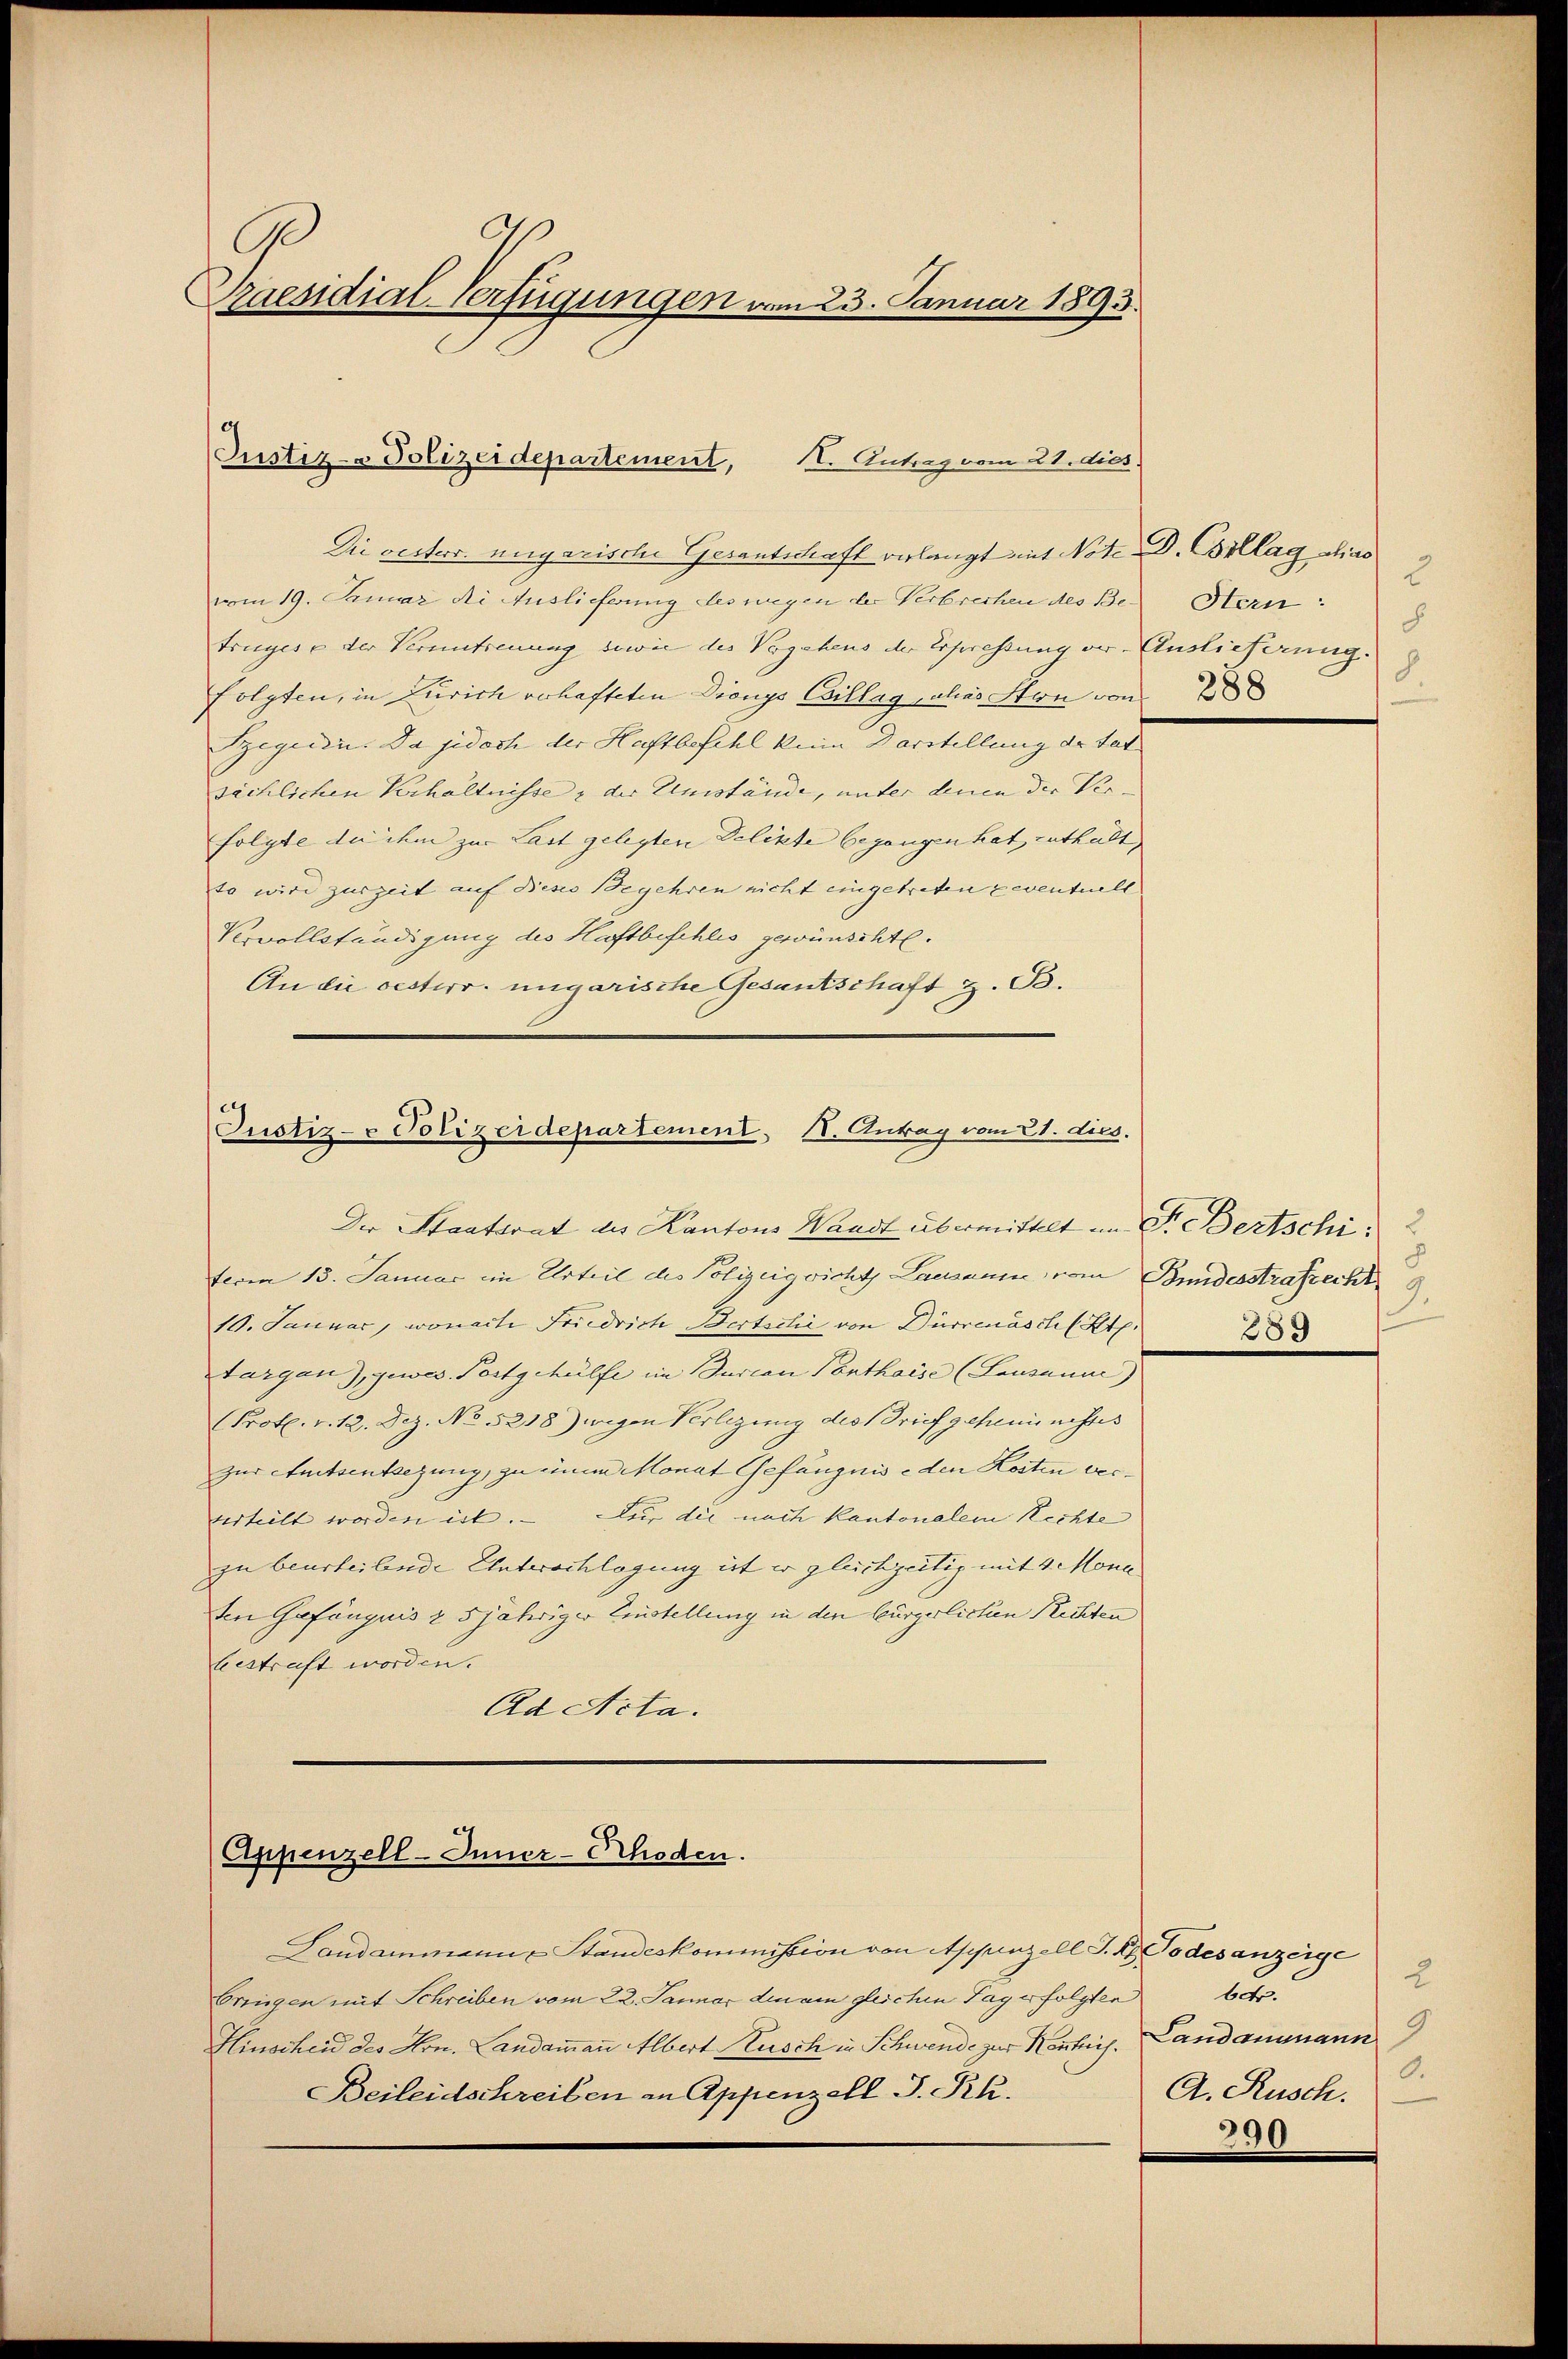
C
Praesidial-Verfügungen vom 23. Januar 1893.

Justiz- & Polizeidepartement,
K. Antrag vom 21. dies

Die resterr. ungarische Gesantschaft verlangt mit Note D. Collag das
vom 19. Januar die Auslieferung des wegen der Verbrechen des Betruges e der Veruntreuung sowie des Vorgehens der Erpressung vor. Auslieferung.
folgten, in Zürich verhafteten Dionys Cillag, alias Ston von
Szegedie. Da jedoch der Haftbefehl keine Darstellung der tat
sächlichen Verhältnisse & der Umstände, unter denen der Ver-
folgte du ihm zur Last gelegten Delikte begangen hat, enthalt
to wird zurzeit auf dieses Begehren nicht eingetreten eventuell
Krvollständigung des Haftbeschlis gewünschte.
An die oesterr. ungarische Gesantschaft z. B.

Justiz- & Polizeidepartement, II. Antrag vom 21. dies.
Der Staatsrat des Kantons Waadt übermittelt im Fr. Bertschi

ferm 13. Januar im Urteil des Polizeig richt Lausanne vom Bundesstrafrecht 9
10. Januar, wonacte Friedrich Bertschi von Dürrenaschl Kt.
Targau), gewes. Fortgehülfe im Jurian Panthaise (Lausanne)
Prot. v. 12. Dez. No 5218) wegen Verlegung des Brief geheministes
zur Amtsentsezung, zu einem Monat Gefängnis e den Kosten ververteilt worden ist. Für die nach kantonalem Rechte
zu beurteilende Unterachlagung ist er gleichzeitig mit 4 Mona
ten Gefängnis z 5jähriger Zustellung in den bürgerlichen Rechten
bestraft worden.
Ad Acta.
Appenzell-Inner-Schoden.
Landammann u Standeskommission von Appenzell I. R. Todesanzeige
bringen mit Schreiben vom 22. Januar den am gleichen Tage folgten
Hinscheid des Hrn. Landammann Albert Kusch in Schwende zur Kentnis. Landammann
Beileidschreiben an Appenzell I.-Rk.

2
Stern:
8
8

289

2
bet.
0.
A. Rusch.
390